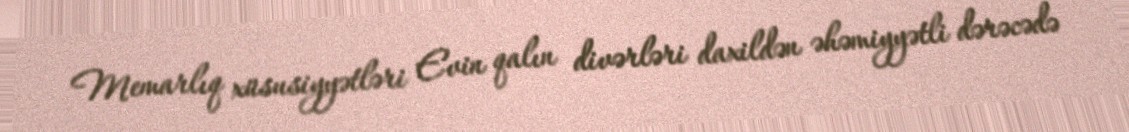
Memarlıq xüsusiyyətləri Evin qalın divərləri daxildən əhəmiyyətli dərəcədə